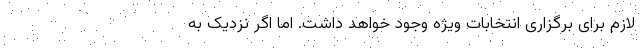
لازم برای برگزاری انتخابات ویژه وجود خواهد داشت. اما اگر نزدیک به